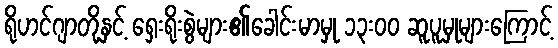
ရိုဟင်ဂျာတို့နှင့် ရှေးရိုးစွဲများ၏ခေါင်းမာမှု ၁၃းဝဝ ဆူပူမှုများကြောင့်